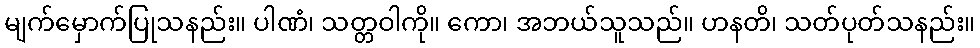
မျက်မှောက်ပြုသနည်း။ ပါဏံ၊ သတ္တဝါကို။ ကော၊ အဘယ်သူသည်။ ဟနတိ၊ သတ်ပုတ်သနည်း။